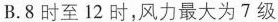
B.8时至12时，风力最大为7级